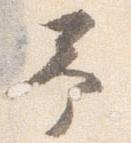
予